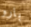
بارو